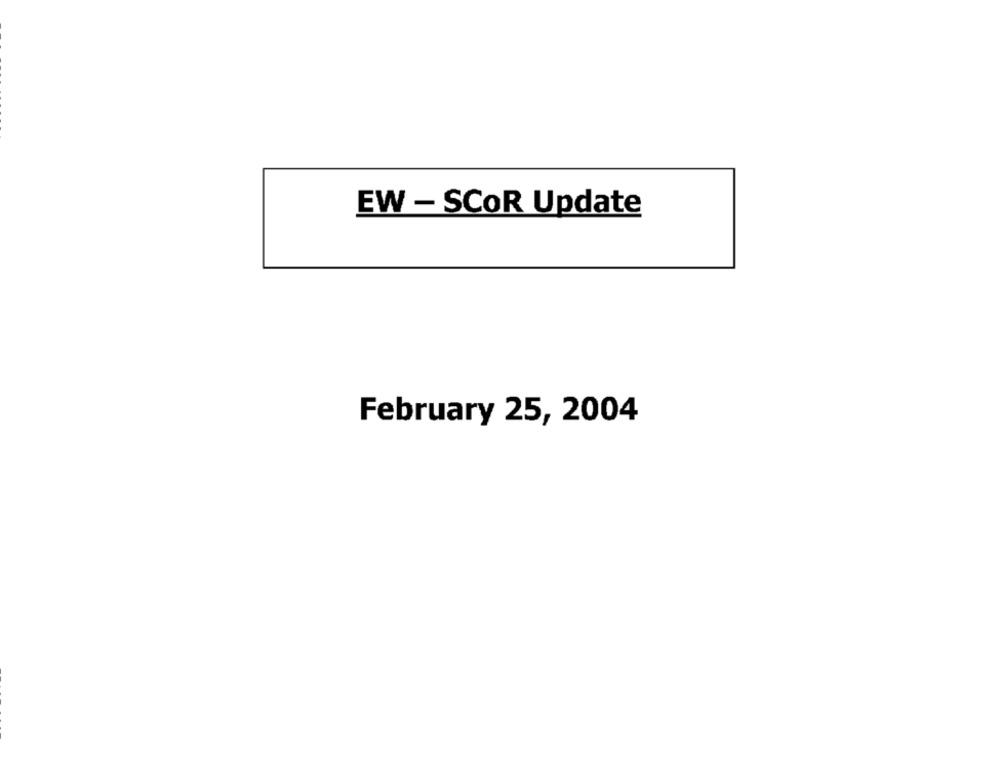
EW - SCOR Update
February 25, 2004